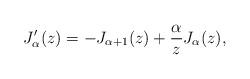
LaTeX: \begin{align*} J_\alpha'(z) = - J_{\alpha + 1} (z) + \frac{\alpha}{z} J_\alpha(z),\end{align*}